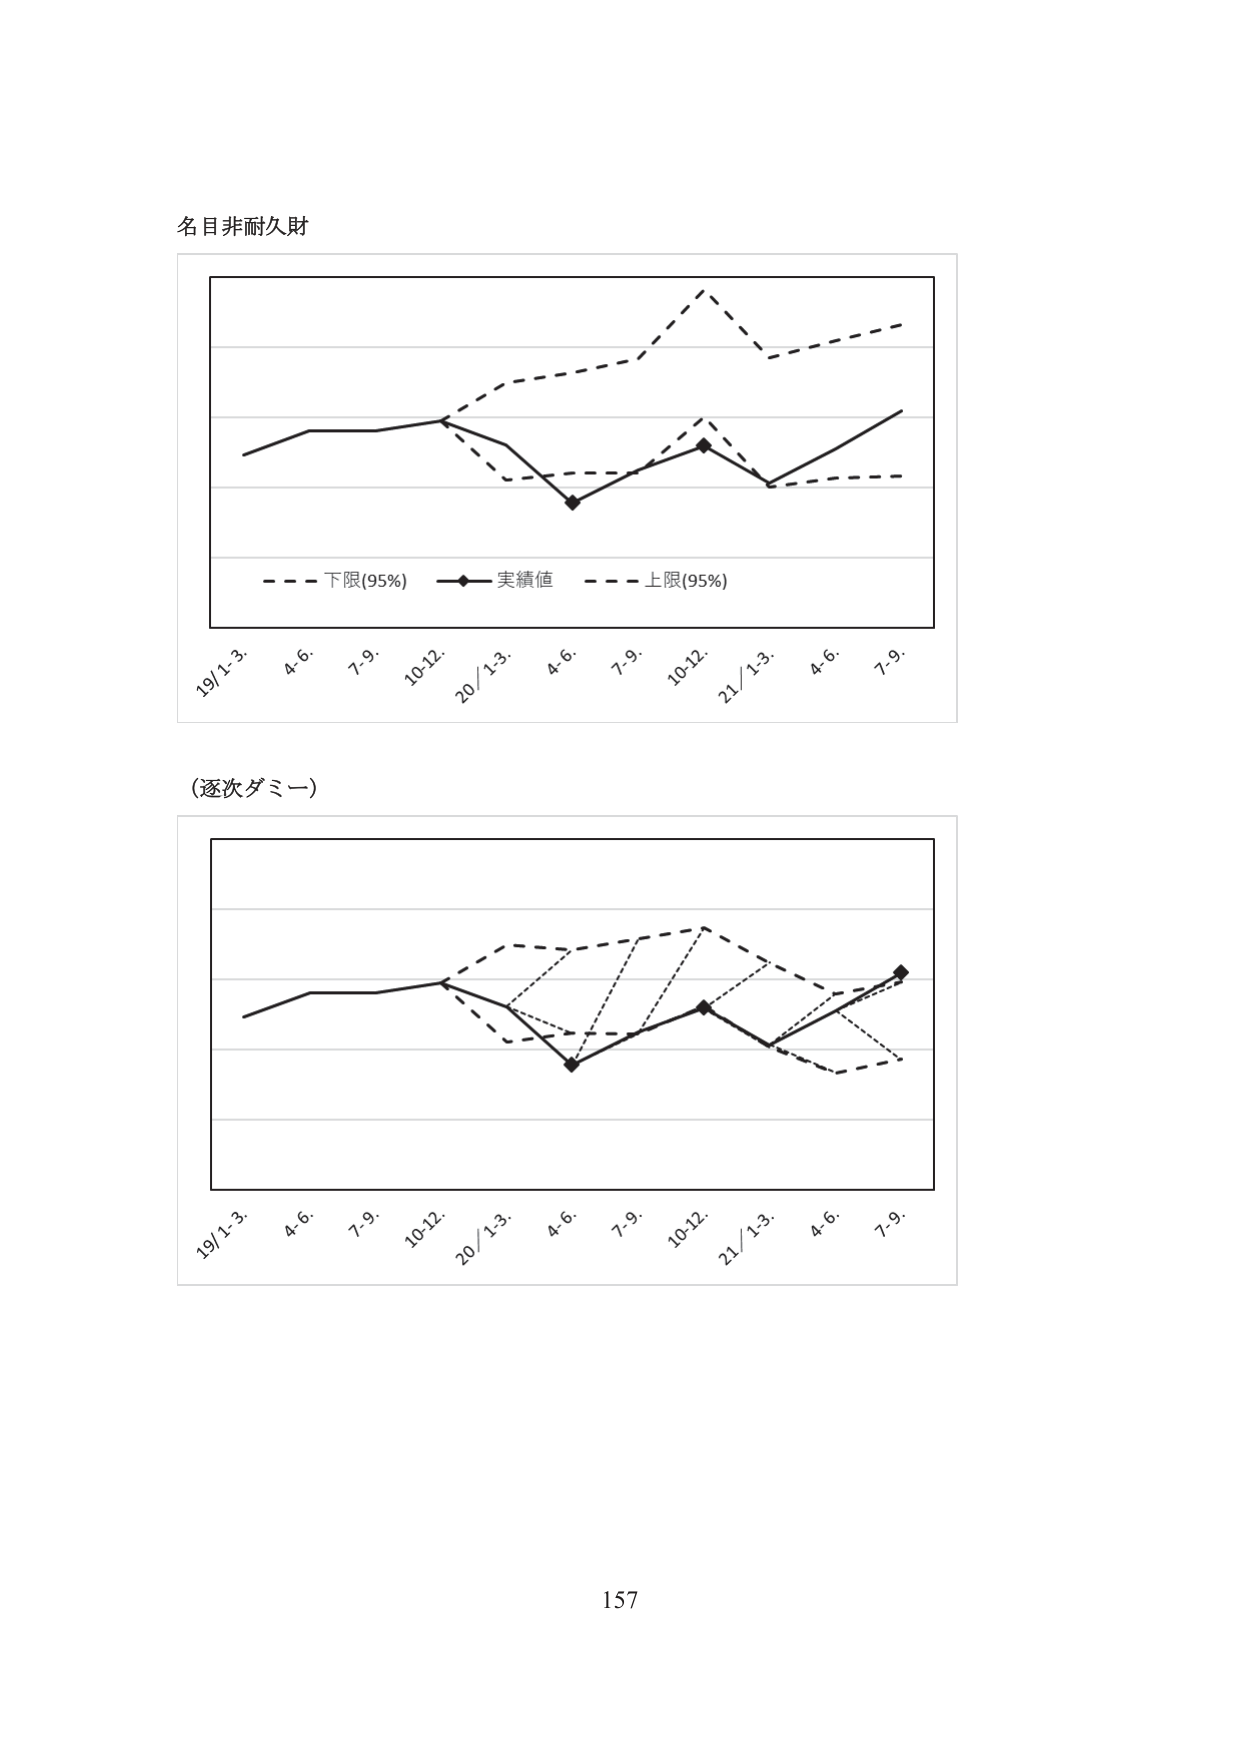
名目非耐久財

19/1-3. 4.6. 7.9. 10-12. 20/1-3. 4.6. 7.9. 10-12. 21/1-3. 4.6. 7.9.
- - - 下限(95%) —◆— 実績値 - - - 上限(95%)

(逐次ダミー)

19/1-3. 4.6. 7.9. 10-12. 20/1-3. 4.6. 7.9. 10-12. 21/1-3. 4.6. 7.9.

157